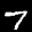
Label: 7